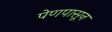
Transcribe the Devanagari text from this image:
पेणपासून